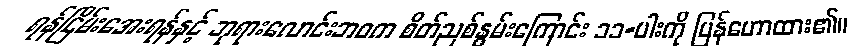
ရန်ငြိမ်းအေးရန်နှင့် ဘုရားလောင်းဘဝက စိတ်ညစ်နွမ်းကြောင်း ၁၁-ပါးကို ပြန်ဟောထား၏။